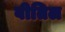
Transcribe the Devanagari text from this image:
वीतिल